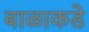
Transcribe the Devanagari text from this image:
बाळाकडे